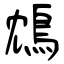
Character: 鴆